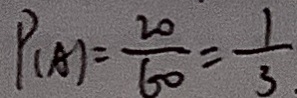
P _ { ( A ) } = \frac { 2 0 } { 6 0 } = \frac { 1 } { 3 }